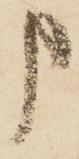
申